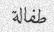
طفالة